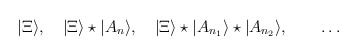
\begin{align*}|\Xi\rangle,~~~|\Xi\rangle \star |A_n\rangle ,~~~|\Xi\rangle \star |A_{n_1}\rangle\star |A_{n_2}\rangle ,\qquad \dots\end{align*}